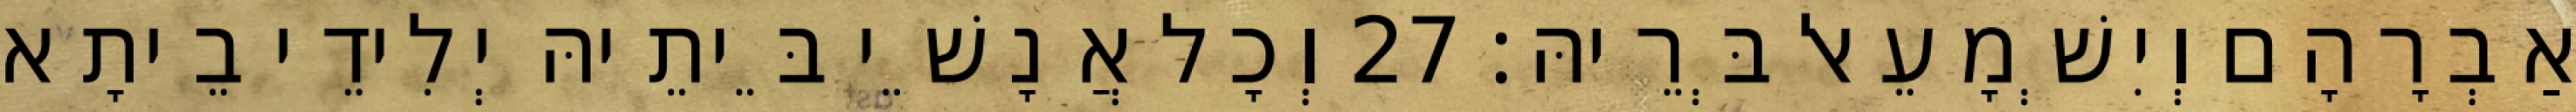
אַבְרָהָם וְיִשְׁמָעֵאל בְּרֵיהּ׃ 27 וְכָל אֲנָשֵׁי בֵּיתֵיהּ יְלִידֵי בֵיתָא